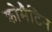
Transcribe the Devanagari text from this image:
क्रोमैटिन